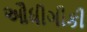
ઔધીગીકી